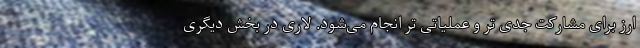
ارز برای مشارکت جدی تر و عملیاتی تر انجام می‌‌شود. لاری در بخش دیگری